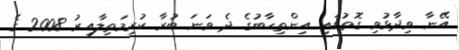
އޭނާ ވިދާޅުވި ގޮތުގައި އިންތިހާބުގެ ދެ ވަނަ ބުރާ ކުރިމަތިލާއިރު 2008 ގެ